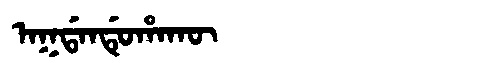
Manchu: ᠠᡴᡩᠠᠨᡩᡠᡥᠠᡴᡡ
Romanization: AKDANDUHAKŪ